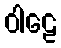
ဝါဠေ